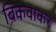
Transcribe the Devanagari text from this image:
बिकवाकर